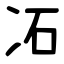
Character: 㓈